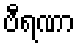
ဗီရဏာ